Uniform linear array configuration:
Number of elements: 16
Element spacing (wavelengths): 0.75
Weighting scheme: kaiser
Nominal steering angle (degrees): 0
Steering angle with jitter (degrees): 0.3152
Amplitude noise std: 0.05
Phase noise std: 0.05

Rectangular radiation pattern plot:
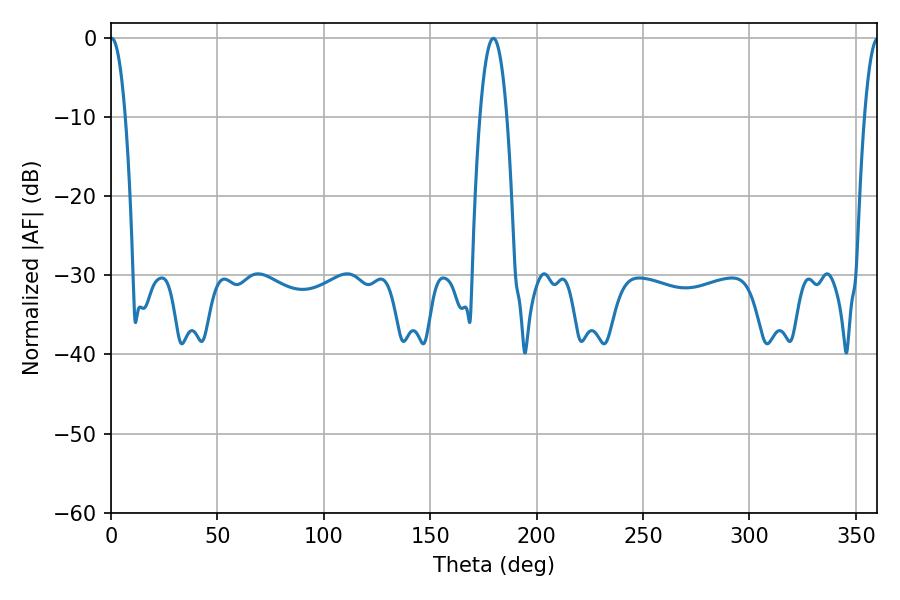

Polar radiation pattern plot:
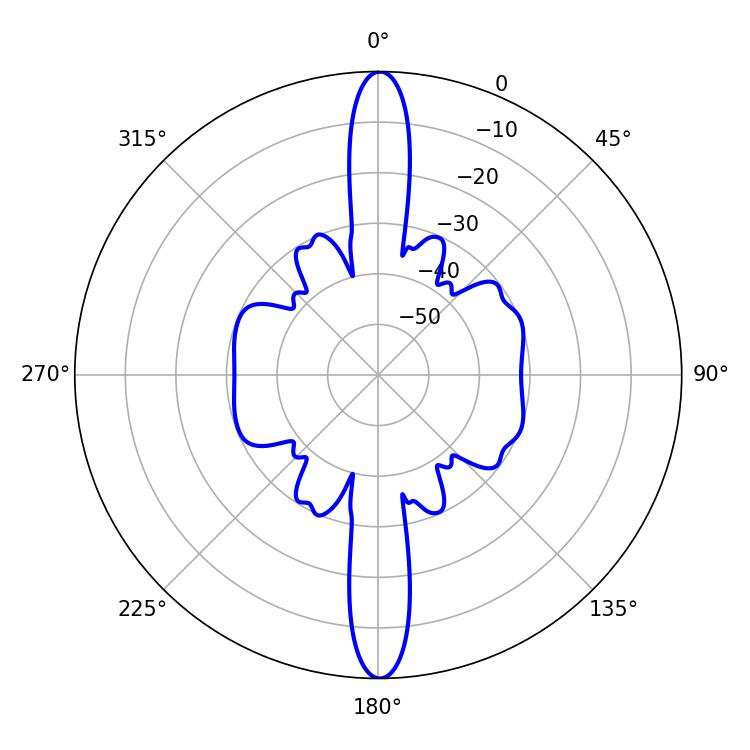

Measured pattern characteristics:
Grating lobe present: TRUE
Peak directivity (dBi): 30.648
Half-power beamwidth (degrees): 3.78
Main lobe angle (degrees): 0.36